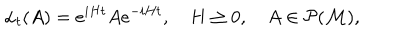
LaTeX: \alpha _ { t } ( A ) = e ^ { i H t } A e ^ { - i H t } , \quad H \geq 0 , \quad A \in \mathcal { P ( M ) } ,